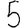
Digit: 5